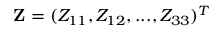
{ \bf Z } = ( Z _ { 1 1 } , Z _ { 1 2 } , . . . , Z _ { 3 3 } ) ^ { T }